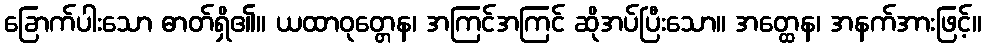
ခြောက်ပါးသော ဓာတ်ရှိ၏။ ယထာဝုတ္တေန၊ အကြင်အကြင် ဆိုအပ်ပြီးသော။ အတ္ထေန၊ အနက်အားဖြင့်။